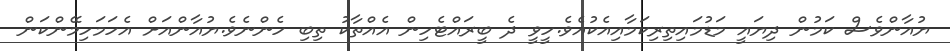
ޔުއާންވެސް ކަމުން ދިޔައީ މަޑުމައިތިރިކަމާއިއެކުއެވެ.ހީވީ ދެ ބީރައްޓެހިން އެއްތާކު ތިބި ހެންނެވެ.ޔުއާންއަށް އެހަމަހިމޭންކަން